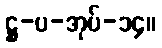
ဋ္ဌ-ပ-အုပ်-၁၄။